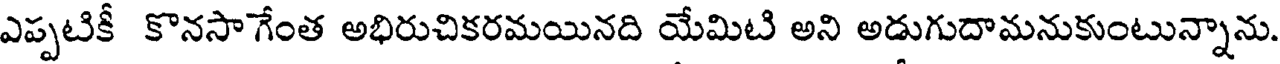
ఎప్పటికీ కొనసా గేంత అభిరుచికరమయినది యేమిటి అని అడుగుదామనుకుంటున్నాను.